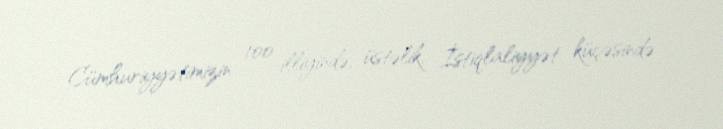
Cümhuriyyətimizin 100 illiyində, üstəlik, İstiqlaliyyət küçəsində